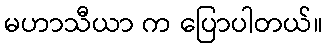
မဟာသီယာ က ပြောပါတယ်။